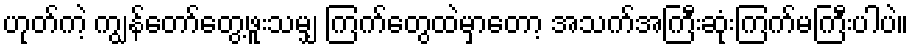
ဟုတ်ကဲ့ ကျွန်တော်တွေ့ဖူးသမျှ ကြက်တွေထဲမှာတော့ အသက်အကြီးဆုံးကြက်မကြီးပါပဲ။